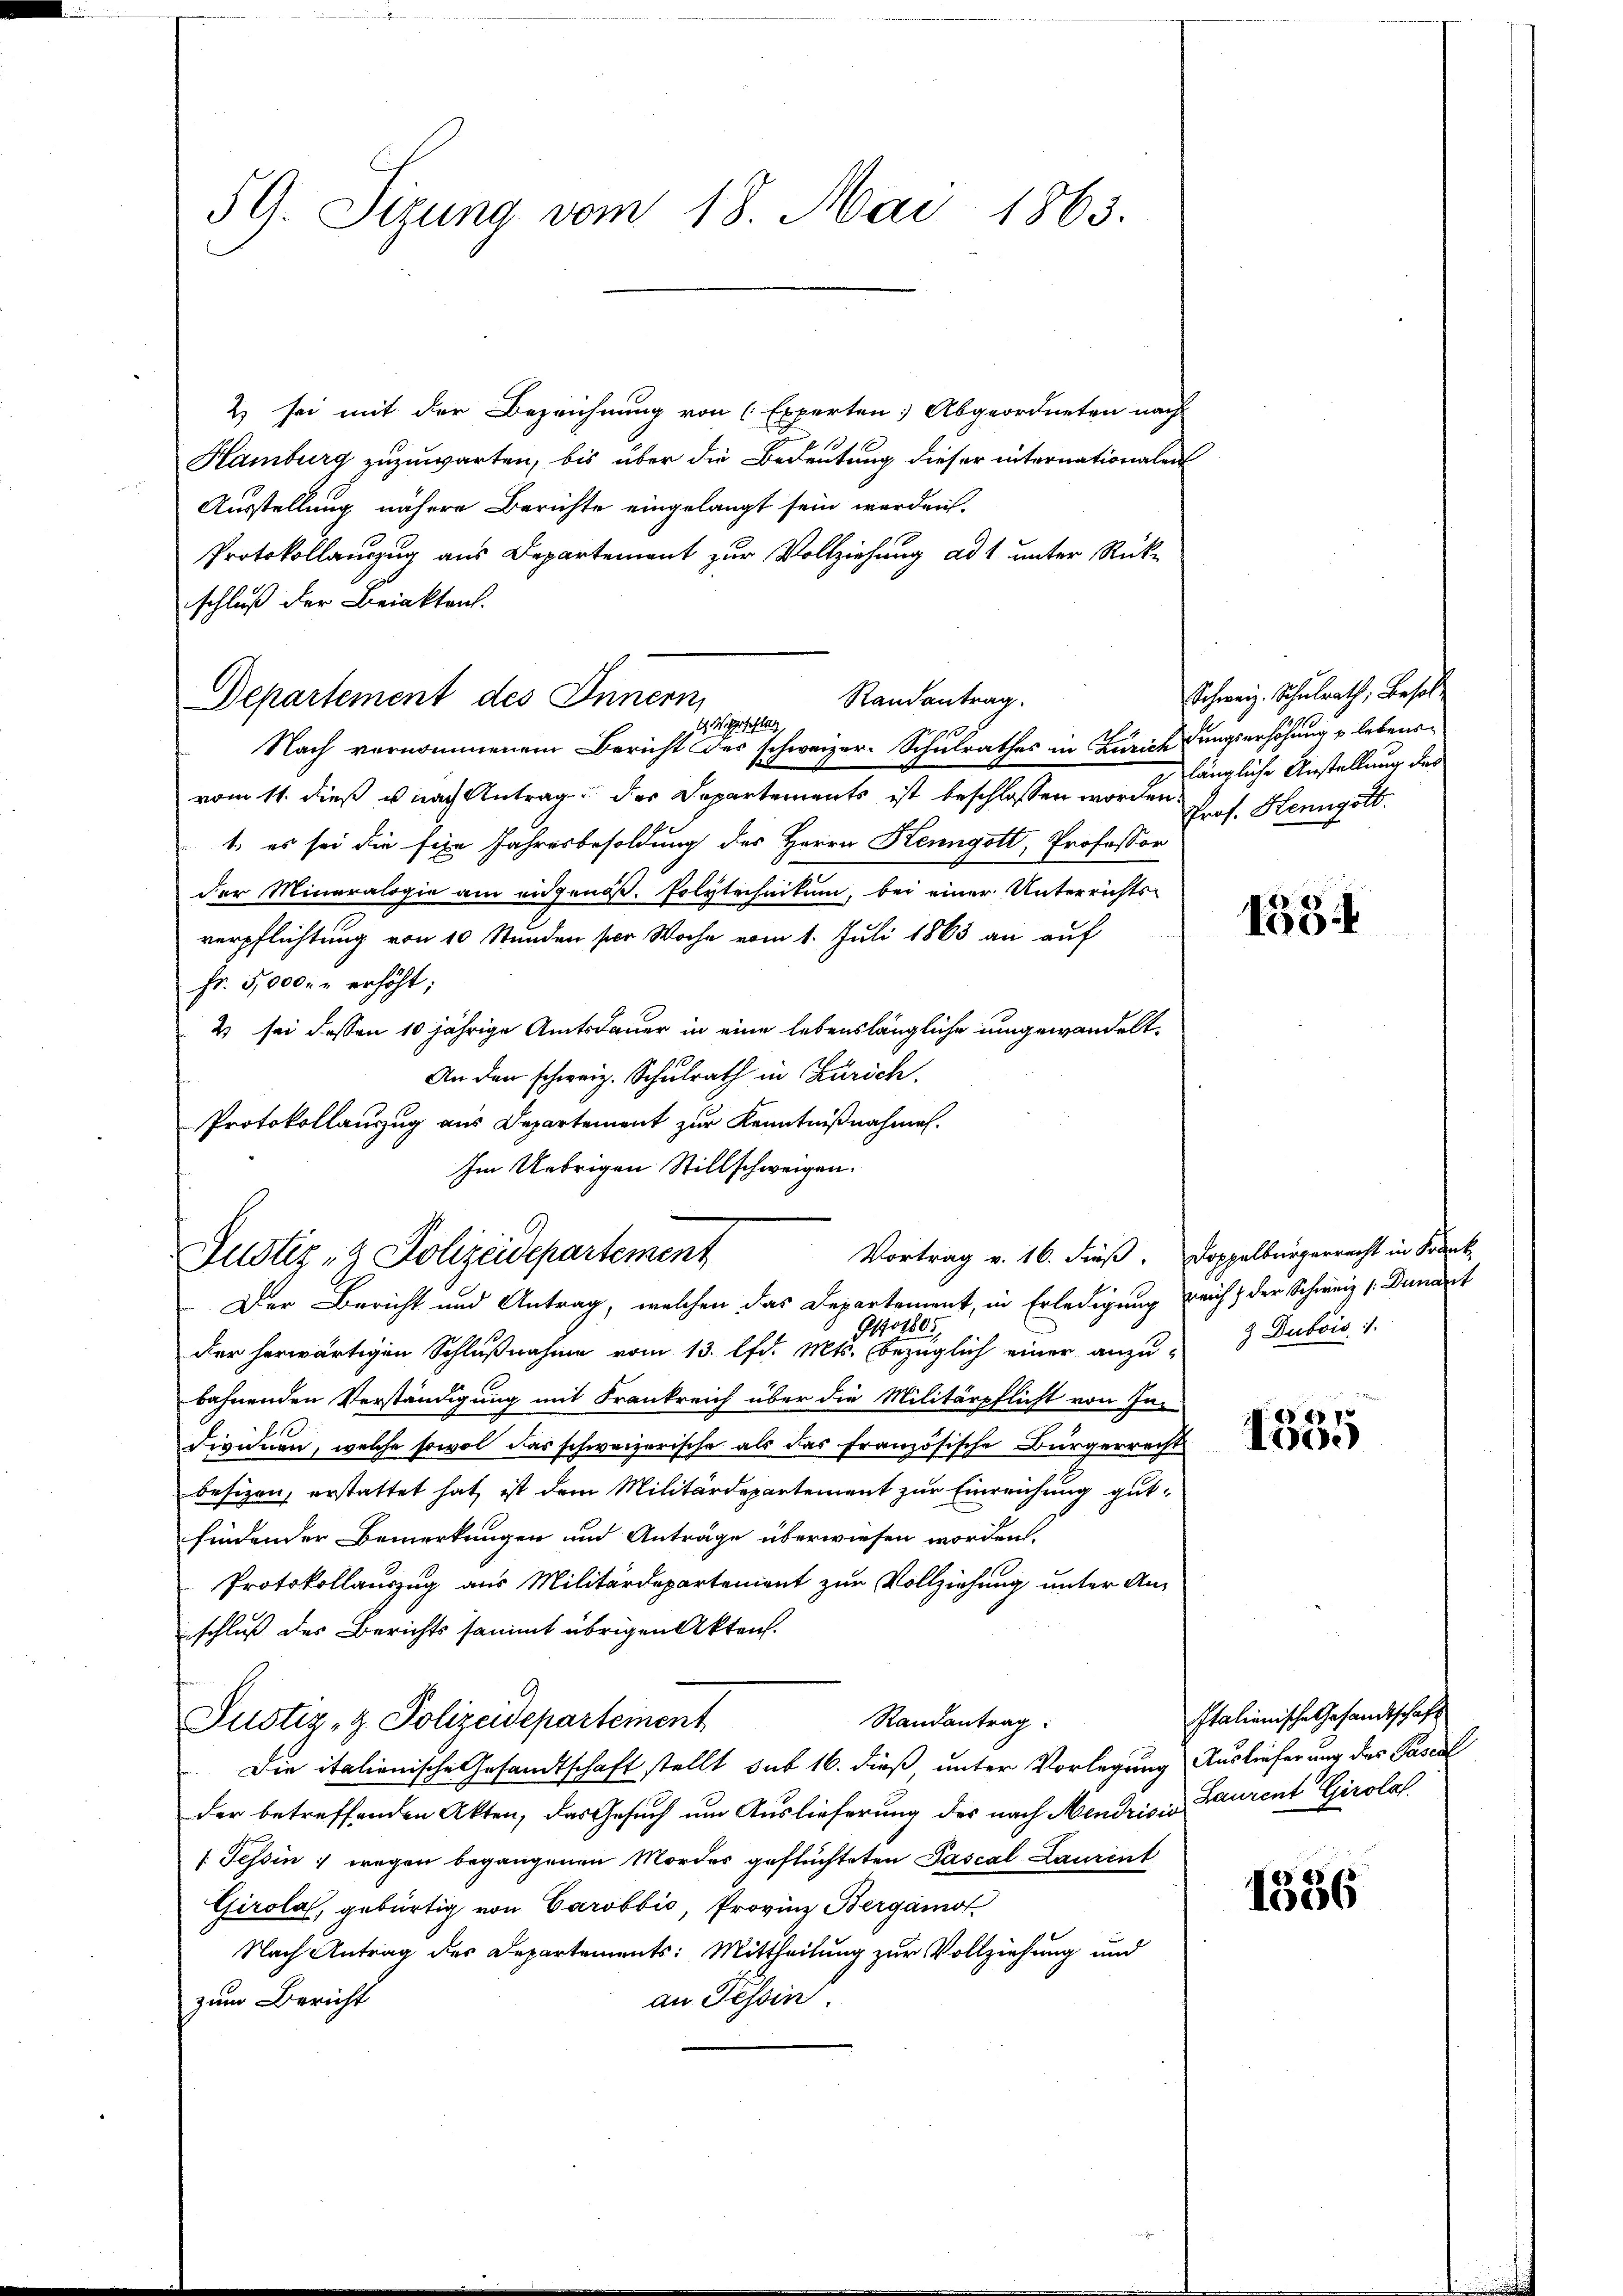
59. Sizung vom 18. Mai 1863.

2) sei mit der Bezeichnung von Experten: Abgeordneten nach
Hamburg zuzuwarten, bis über die Bedeutung dieser internationalen
Ausstellung nähere Berichte eingelangt sein werden.
Protokollanzzug aus Departement zur Vollziehung ad 1. unter Rückschluß der Briakten.

Departement des Innern,
Randantrag.
d. Wilgeschlag
10

Nach vernommenem Bericht des schweizer-Schulrathes in Zürichtungserhöhung u. lebensvom 11. dieß u nach Antrag der Departements ist beschlossen worden.
1. es sei die fixe Jahresbesoldung des Herrn Kenngott, Professor
der Mineralogie am eidgenöß. Polytechnikum, bei einer Unterrichts-
verpflichtung von 10 Stunden per Woche vom 1. Juli 1863 an auf
Fr. 5,000. u erhöht;
2) sei dessen 10 jährige Amtsdauer in eine lebenslängliche umgewandelt.
An den schweiz. Schulrath in Zürich.
Protokollauszug aus Departement zur Kenntnißnahmen.
Im Uebrigen Stillschweigen.

Justiz- & Polizeidepartement
Der Bericht und Antrag, welchen das Departement, in Erledigung reicht der Schweiz (Denant

Go1805,
der herwärtigen Schlußnahme vom 13. lfd. Mts. bezüglich einer anzu- Dubois, 1.
bahnenden Verständigung mit Frankreich über die Militärpflicht von In-
dividuen, welche sowol das schweizerische als das französische Bürgerrecht
besizen, erstattet hat, ist dem Militärdepartement zur Einreichung gutfindender Bemerkungen und Anträge überwiesen worden.
Protokollauszug aus Militärdepartement zur Vollziehung unter Anschluß des Berichts sammt übrigen Akten.
Randantrag:
Justiz- & Polizeidepartement
Die italienische Gesandtschaft stellt sub 16. dieß unter Vorlegung Auslieferung des Paserl
der betreffenden Akten, das Gesuch um Auslieferung des nach Mendris. Laurent Girola
/Tessin, wegen begangenen Mordes geftüchteten Pascal Laurent
Girola, gebürtig von Carobbić, Provinz Bergamot
Nach Antrag des Departements: Mittheilung zur Vollziehung und
an Tessin
zum Bericht

Schweiz. Schulrath, Besol
längliche Anstellung des
Prof. Henngött

1534

Vortrag v. 16. dieß. Doppelbürgerrecht in Krank

1335

Italienische Gesandtschaft

1336